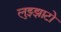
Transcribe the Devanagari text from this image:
लुझ्झाटो